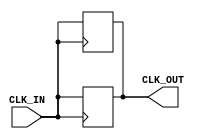
module BasicClockBuffer (
    input wire CLK_IN,      // Input clock signal
    output reg CLK_OUT      // Buffered output clock signal
);

    // Parameters for propagation delay, can be adjusted as needed
    parameter PROP_DELAY = 2; // Propagation delay in time units (e.g., nanoseconds)

    // Always block to model the clock buffering functionality
    always @(posedge CLK_IN) begin
        // Introduce a fixed propagation delay
        #PROP_DELAY;
        CLK_OUT <= CLK_IN; // Output mirrors the input clock
    end

    // Optional: Generate output for negative edge as well if needed
    always @(negedge CLK_IN) begin
        // Introduce the same fixed propagation delay for falling edge as well
        #PROP_DELAY;
        CLK_OUT <= CLK_IN; // Maintain output mirroring the input clock
    end

endmodule